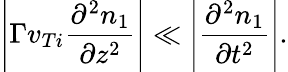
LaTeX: \left|\Gamma v_{Ti}\frac{\partial^{2}n_{1}}{\partial z^{2}}\right|\ll\left|\frac{\partial^{2}n_{1}}{\partial t^{2}}\right|.